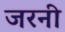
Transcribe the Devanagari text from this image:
जरनी